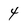
Character: 4